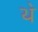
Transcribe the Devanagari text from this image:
थ॓